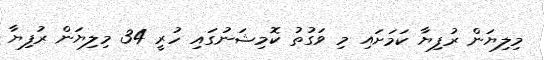
މިލިޔަން ރުފިޔާ ކަމަށައި މި ވަގުތު ކޮމިޝަނުގައި ހުރީ 34 މިލިޔަން ރުފިޔާ